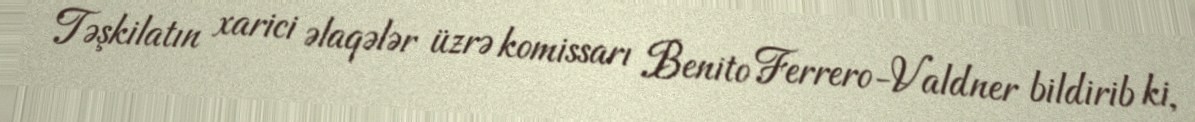
Təşkilatın xarici əlaqələr üzrə komissarı Benito Ferrero-Valdner bildirib ki,